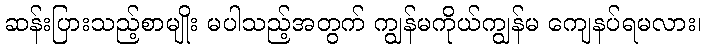
ဆန်းပြားသည့်စာမျိုး မပါသည့်အတွက် ကျွန်မကိုယ်ကျွန်မ ကျေနပ်ရမလား၊